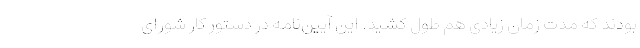
بودند که مدت زمان زیادی هم طول کشید. این آیین‌نامه در دستور کار شورای